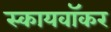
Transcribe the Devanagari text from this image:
स्कायवॉकर